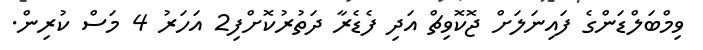
ވިމްބަލްޑަންގެ ފައިނަލަށް ޖޮކޮވިޗް އަދި ފެޑެރާ ދަތުރުކޮށްފި2 އަހަރު 4 މަސް ކުރިން.